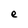
Character: e